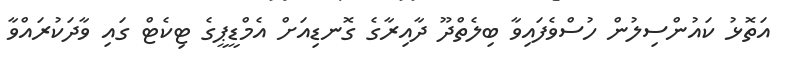
އަތޮޅު ކައުންސިލުން ހުސްވެފައިވާ ބިލެތްދޫ ދާއިރާގެ ގޮނޑިއަށް އެމްޑީޕީގެ ޓިކެޓް ގައި ވާދަކުރައްވާ